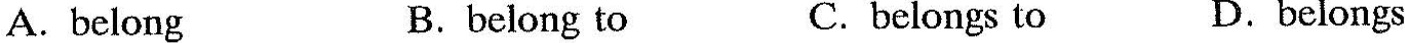
A.belong B.belong to C.belongs to D.belongs